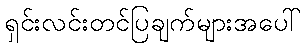
ရှင်းလင်းတင်ပြချက်များအပေါ်